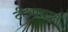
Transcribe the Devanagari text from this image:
टीआऱएस